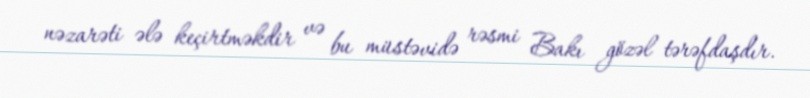
nəzarəti ələ keçirtməkdir və bu müstəvidə rəsmi Bakı gözəl tərəfdaşdır.